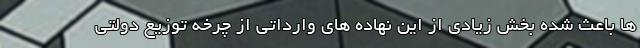
ها باعث شده بخش زیادی از این نهاده های وارداتی از چرخه توزیع دولتی